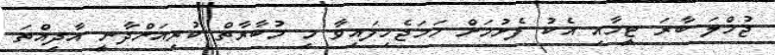
ޖުމްލަ ބާރަ ޓީމާއި އެކު ފެށުމަށް ހަމަޖެހިފައިވާ މި މުބާރާތް ކުރިއަށްދާނީ އާދިއްތަ